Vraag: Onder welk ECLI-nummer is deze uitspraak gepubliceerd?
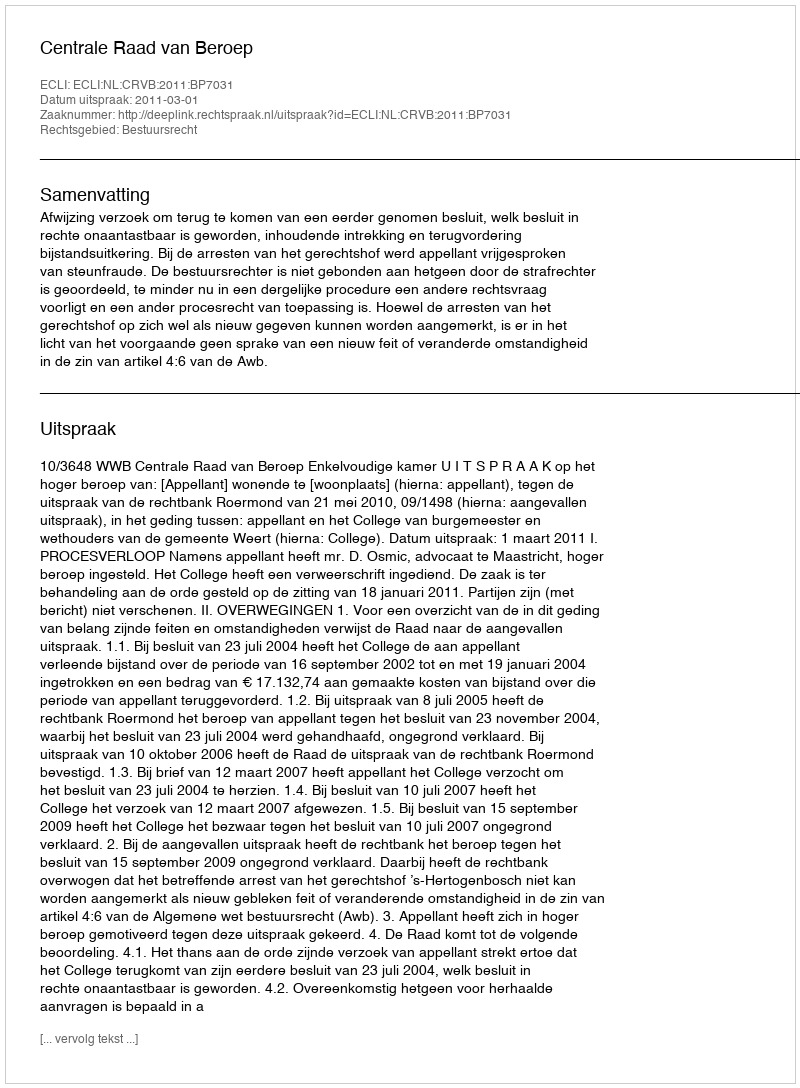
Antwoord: ECLI:NL:CRVB:2011:BP7031